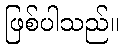
ဖြစ်ပါသည်။